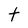
Character: t